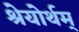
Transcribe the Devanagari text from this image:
श्रेयोर्थम्‌